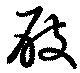
屐